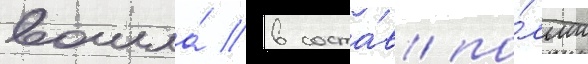
вошла́ в соста́в по́льши